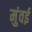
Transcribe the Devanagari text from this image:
मुंवई